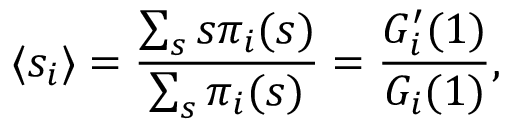
\langle s _ { i } \rangle = \frac { \sum _ { s } s \pi _ { i } ( s ) } { \sum _ { s } \pi _ { i } ( s ) } = \frac { G _ { i } ^ { \prime } ( 1 ) } { G _ { i } ( 1 ) } ,